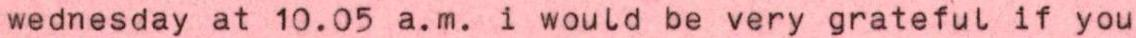
wednesday at 10.05 a.m. i would be very grateful if you